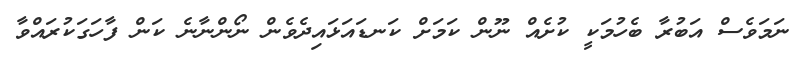
ނަމަވެސް އަބުރާ ބެހުމަކީ ކުށެއް ނޫން ކަމަށް ކަނޑައަޅައިދެވެން ނޯންނާނެ ކަން ފާހަގަކުރައްވާ